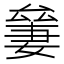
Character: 𠬎